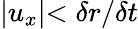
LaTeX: \lvert u_{x}\lvert<\delta r/\delta t